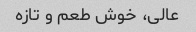
عالی، خوش طعم و تازه